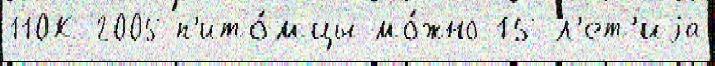
110К-2005 п'ито́мцы мо́жно 15-л'ет'иjа